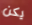
يكن